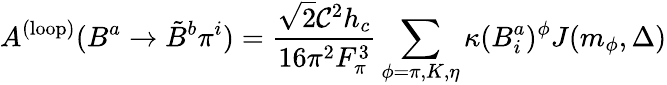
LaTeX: A^{\mathrm{(loop)}}(B^{a}\rightarrow\tilde{B}^{b}\pi^{i})=\frac{\sqrt{2}{\cal C}^{2}h_{c}}{16\pi^{2}F_{\pi}^{3}}\sum_{\phi=\pi,K,\eta}\kappa(B_{i}^{a})^{\phi}J(m_{\phi},\Delta)